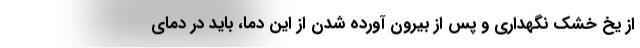
از یخ خشک نگهداری و پس از بیرون آورده شدن از این دما، باید در دمای